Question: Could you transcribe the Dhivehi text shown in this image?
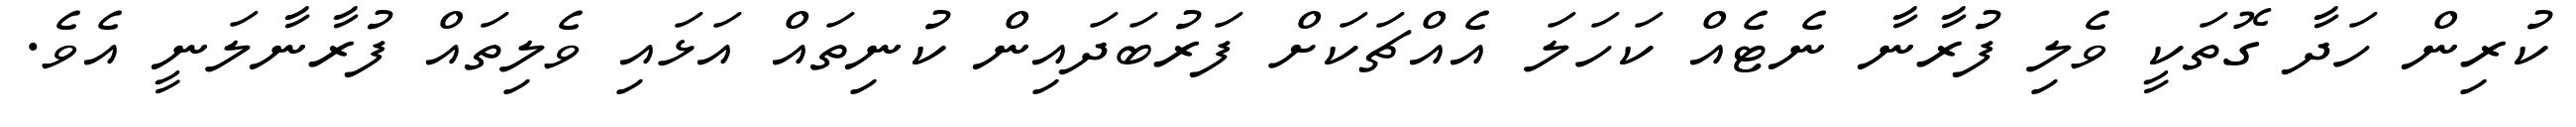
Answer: ކުރިން ހަދާ ގޮތަކީ ވެލި ފުރާނާ ނެޓެއް ކަހަލަ އެއްޗަކަށް ފަރުބަދައިން ކުނިތައް އަޅައި ވެލިތައް ފުރާނާލަނީ އެވެ.